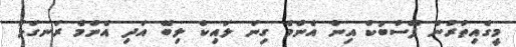
މީގެއިތުރުން ފޭސްބުކް އިން އެންމެ ގިނަ ލައިކް ލިބޭ އަދި އެންމެ ރަނގަޅު